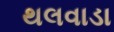
થલવાડા